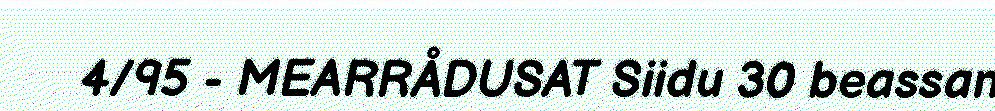
4/95 - MEARRÅDUSAT Siidu 30 beassan